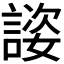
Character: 𬢴